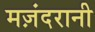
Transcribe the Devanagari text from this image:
मज़ंदरानी